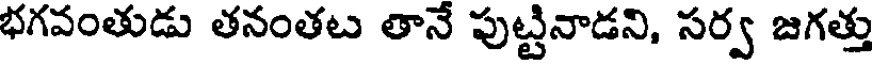
భగవంతుడు తనంతట తానే పుట్టినాడని, సర్వ జగత్తు